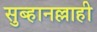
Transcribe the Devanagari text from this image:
सुब्हानल्लाही